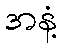
အနံ့